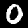
Label: 0